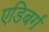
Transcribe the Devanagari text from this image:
एडिबर्ग